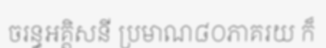
ចរន្ធអគ្គិសនី ប្រមាណ៨០ភាគរយ ក៏